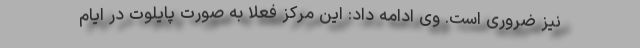
نیز ضروری است. وی ادامه داد: این مرکز فعلا به صورت پایلوت در ایام